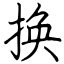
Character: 换